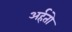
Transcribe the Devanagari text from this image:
अर्हतो